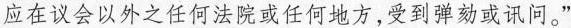
应在议会以外之任何法院或任何地方，受到弹劾或讯问。”